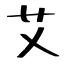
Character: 艾